Report of the Indian Hemp Drugs Commission, 1894-1895 - Volume VII
Year: 1894
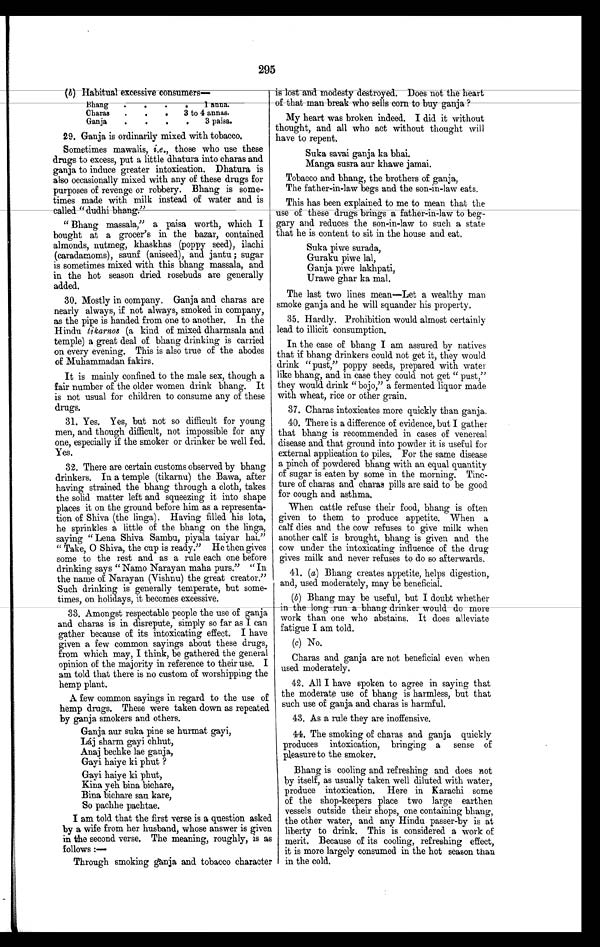
295
(b) Habitual excessive consumers–
Bhang . . . . 1 anna.
Charas
.
.
.
3 to 4 annas.
Ganja
.
.
.
.
3 paisa..
29. Ganja is ordinarily mixed with tobacco.
Sometimes mawalis, i.e., those who use these
drugs to excess, put a little dhatura into charas and
ganja to induce greater intoxication. Dhatura is
also occasionally mixed with any of these drugs for
purposes of revenge or robbery. Bhang is some-
times made with milk instead of water and is
called "dudhi bhang."
"Bhang massala," a paisa worth, which I
bought at a grocer's in the bazar, contained
almonds, nutmeg, khaskhas (poppy seed), ilachi
(caradamoms), saunf (aniseed), and jantu; sugar
is sometimes mixed with this bhang massala, and
in the hot season dried rosebuds are generally
added.
30. Mostly in company. Ganja and charas are
nearly always, if not always, smoked in company,
as the pipe is handed from one to another. In the
Hindu tikarnos (a kind of mixed dharmsala and
temple) a great deal of bhang drinking is carried
on every evening. This is also true of the abodes
of Muhammadan fakirs.
It is mainly confined to the male sex, though a
fair number of the older women drink bhang. It
is not usual for children to consume any of these
drugs.
31. Yes. Yes, but not so difficult for young
men, and though difficult, not impossible for any
one, especially if the smoker or drinker be well fed.
Yes.
32. There are certain customs observed by bhang
drinkers. In a temple (tikarnu) the Bawa, after
having strained the bhang through a cloth, takes
the solid matter left and squeezing it into shape
places it on the ground before him as a representa-
tion of Shiva (the linga). Having filled his lota,
he sprinkles a little of the bhang on the linga,
saying " Lena Shiva Sambu, piyala taiyar hai."
"Take, O Shiva, the cup is ready." He then gives
some to the rest and as a rule each one before
drinking says "Namo Narayan maha purs." "In
the name of Narayan (Vishnu) the great creator."
Such drinking is generally temperate, but some-
times, on holidays, it becomes excessive.
33. Amongst respectable people the use of ganja
and charas is in disrepute, simply so far as I can
gather because of its intoxicating effect. I have
given a few common sayings about these drugs,
from which may, I think, be gathered the general
opinion of the majority in reference to their use. I
am told that there is no custom of worshipping the
hemp plant.
A few common sayings in regard to the use of
hemp drugs. These were taken down as repeated
by ganja smokers and others.
Ganja aur suka pine se hurmat gayi,
L á j s h a r m g a y i c h h u t ,
Anaj bechke lae ganja,
Gayi haiye ki phut?
Gayi haiye ki phut,
Kina yeh bina bichare,
Bina bichare sau kare,
So pachhe pachtae.
I am told that the first verse is a question asked
by a wife from her husband, whose answer is giver
in the second verse. The meaning, roughly, is as
follows :
–
Through smoking ganja and tobacco character
is lost and modesty destroyed. Does not the heart of that man break whop sells corn to buy ganja ?
My heart was broken indeed. I did it without
thought, and all who act without thought will
have to repent.
Suka savai ganja ka bhai.
Manga susra aur khawe jamai.
To b a c c o a n d b h a n g , t h e b r o t h e r s o f g a n j a ,
The father-in-law begs and the son-in-law eats.
This has been explained to me to mean that the
use of these drugs brings a father-in-law to beg-
gary and reduces the son-in-law to such a state
that he is content to sit in the house and eat.
Suka piwe surada,
Guraku piwe lal,
Ganja piwe lakhpati,
Urawe ghar ka mal.
The last two lines mean—Let a wealthy man
smoke ganja and he will squander his property.
35. Hardly. Prohibition would almost certainly
lead to illicit consumption.
In the case of bhang I am assured by natives
that if bhang drinkers could not get it, they would
drink "pust," poppy seeds, prepared with water
like bhang, and in case they could not get " pust,"
they would drink "bojo," a fermented liquor made
with wheat, rice or other grain.
37. Charas intoxicates more quickly than ganja.
40. There is a difference of evidence, but I gather
that bhang is recommended in cases of venereal
disease and that ground into powder it is useful for
external application to piles. For the same disease
a pinch of powdered bhang with an equal
quantity of sugar is eaten by some in the morning. Tinc--
ture of charas and charas pills are said to be good
for cough and asthma.
When cattle refuse their food, bhang is often
given to them to produce appetite. When a
calf dies and the cow refuses to give milk when
another calf is brought, bhang is given and the
cow under the intoxicating influence of the drug
gives milk and never refuses to do so afterwards.
41. (a) Bhang creates appetite, helps digestion,
and, used moderately, may be beneficial.
(b) Bhang may be useful, but I doubt whether
in the long run a bhang drinkers would do more
work than one who abstains. It does alleviate
fatigue I am told.
(c) No.
Charas and ganja are not beneficial even when
used moderately.
42. All I have spoken to agree in saying that
the moderate use of bhang is harmless, but that
such use of ganja and charas is harmful.
43. As a rule they are inoffensive.
14. The smoking of charas and ganja quickly
produces intoxication, bringing a sense of
pleasure to the smoker.
Bhang is cooling and refreshing and does not
by itself, as usually taken well diluted with water,
produce intoxication. Here in Karachi some
of the shop-keepers place two large earthen
vessels outside their shops, one containing bhang,
the other water, and any Hindu passer-by is at
liberty to drink. This is considered a work of
merit. Because of its cooling, refreshing effect,
it is more largely consumed in the hot season than
in the cold.